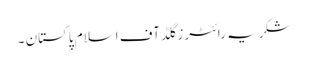
شکریہ رائٹرز گلڈ آف اسلام پاکستان ۔